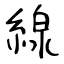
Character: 線